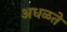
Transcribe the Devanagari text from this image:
अधळते